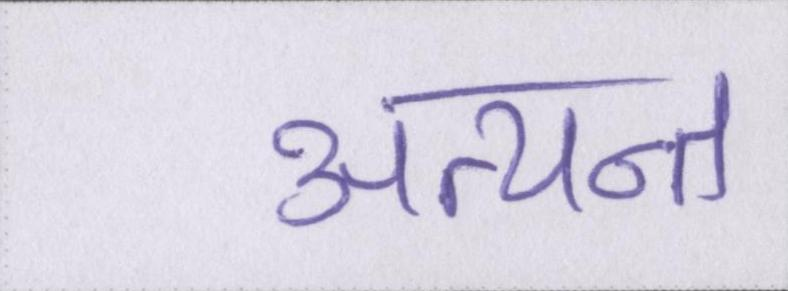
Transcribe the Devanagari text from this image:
अत्यन्त